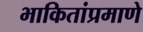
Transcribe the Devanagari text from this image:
भाकितांप्रमाणे